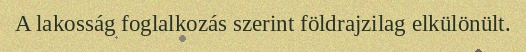
A lakosság foglalkozás szerint földrajzilag elkülönült.